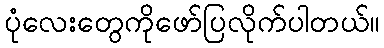
ပုံလေးတွေကိုဖော်ပြလိုက်ပါတယ်။